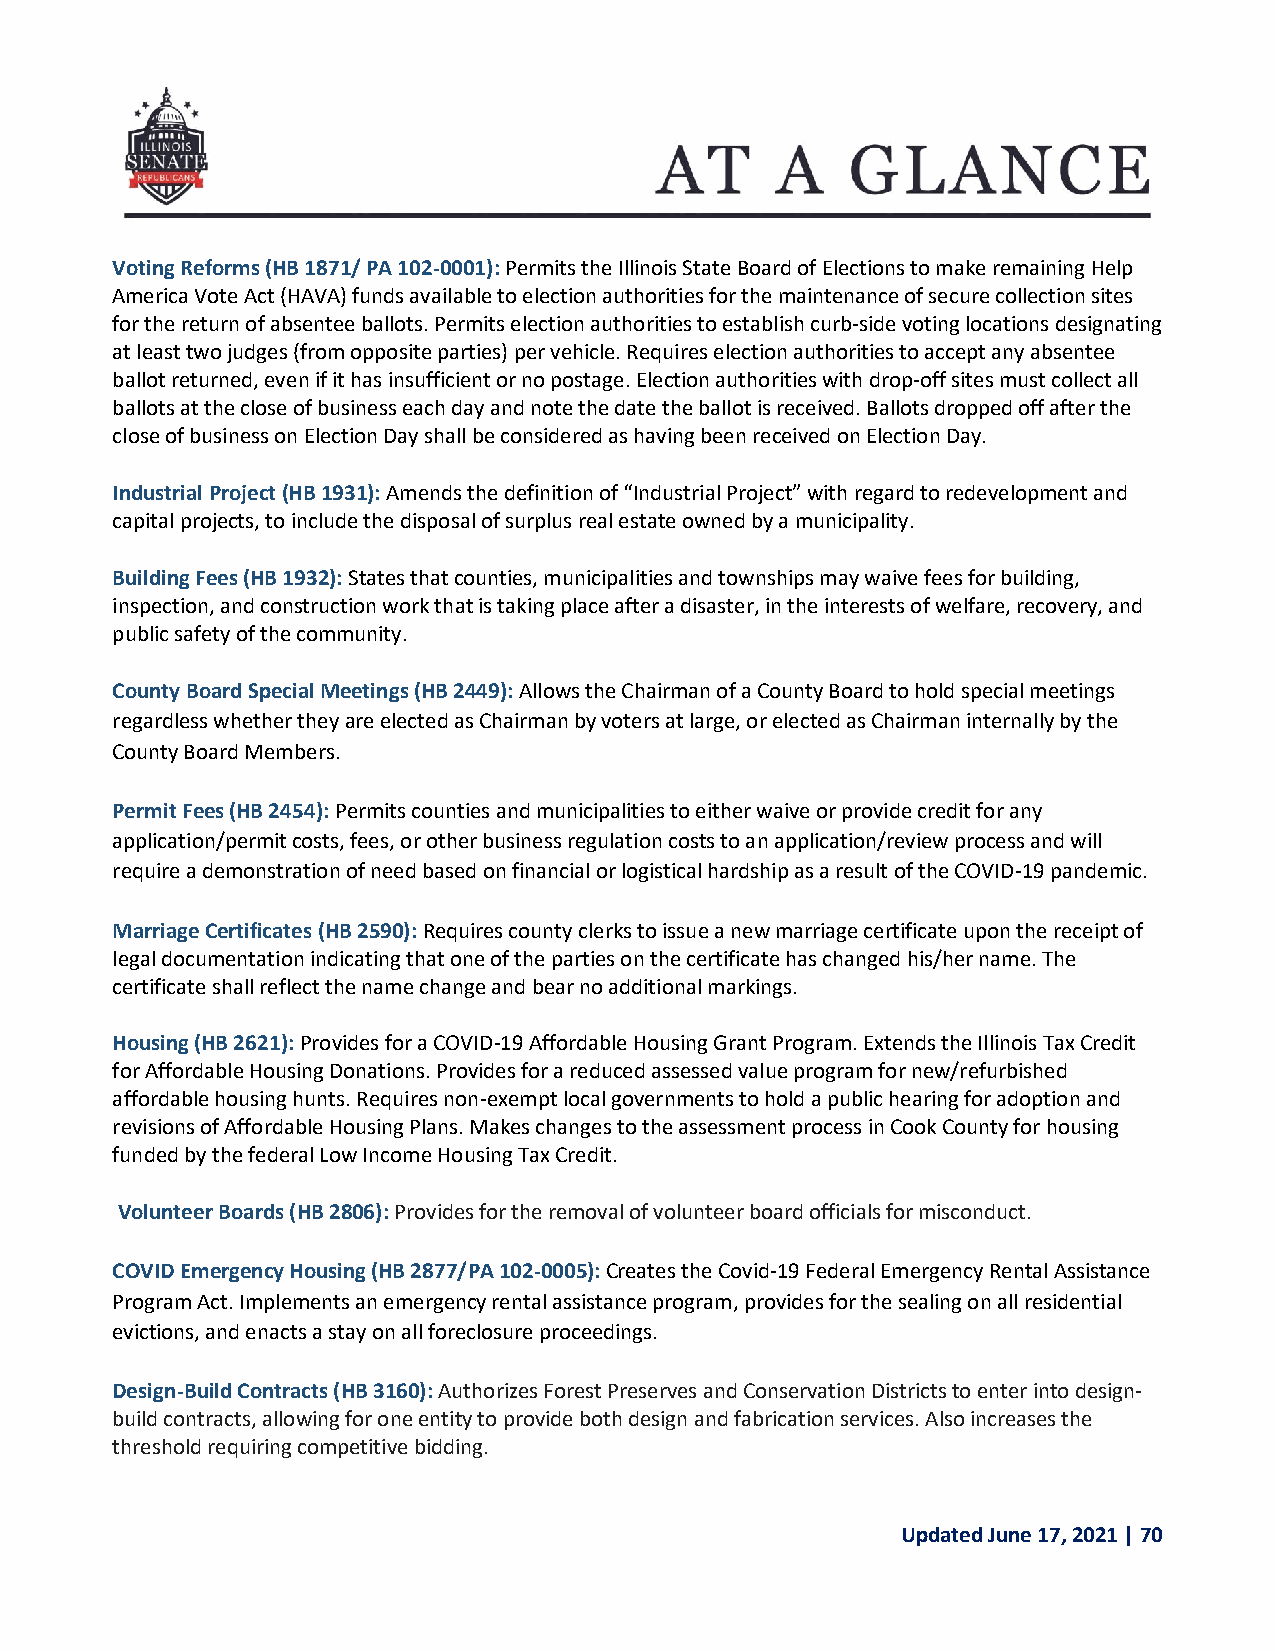
Voting Reforms (HB 1871/ PA 102-0001): Permits the Illinois State Board of Elections to make remaining Help
 America Vote Act (HAVA) funds available to election authorities for the maintenance of secure collection sites
 for the return of absentee ballots. Permits election authorities to establish curb-side voting locations designating
 at least two judges (from opposite parties) per vehicle. Requires election authorities to accept any absentee
 ballot returned, even if it has insufficient or no postage. Election authorities with drop-off sites must collect all
 ballots at the close of business each day and note the date the ballot is received. Ballots dropped off after the
 close of business on Election Day shall be considered as having been received on Election Day.
 Industrial Project (HB 1931): Amends the definition of “Industrial Project” with regard to redevelopment and
 capital projects, to include the disposal of surplus real estate owned by a municipality.
 Building Fees (HB 1932): States that counties, municipalities and townships may waive fees for building,
 inspection, and construction work that is taking place after a disaster, in the interests of welfare, recovery, and
 public safety of the community.
 County Board Special Meetings (HB 2449): Allows the Chairman of a County Board to hold special meetings
 regardless whether they are elected as Chairman by voters at large, or elected as Chairman internally by the
 County Board Members.
 Permit Fees (HB 2454): Permits counties and municipalities to either waive or provide credit for any
 application/permit costs, fees, or other business regulation costs to an application/review process and will
 require a demonstration of need based on financial or logistical hardship as a result of the COVID-19 pandemic.
 Marriage Certificates (HB 2590): Requires county clerks to issue a new marriage certificate upon the receipt of
 legal documentation indicating that one of the parties on the certificate has changed his/her name. The
 certificate shall reflect the name change and bear no additional markings.
 Housing (HB 2621): Provides for a COVID-19 Affordable Housing Grant Program. Extends the Illinois Tax Credit
 for Affordable Housing Donations. Provides for a reduced assessed value program for new/refurbished
 affordable housing hunts. Requires non-exempt local governments to hold a public hearing for adoption and
 revisions of Affordable Housing Plans. Makes changes to the assessment process in Cook County for housing
 funded by the federal Low Income Housing Tax Credit.
 Volunteer Boards (HB 2806): Provides for the removal of volunteer board officials for misconduct.
 COVID Emergency Housing (HB 2877/PA 102-0005): Creates the Covid-19 Federal Emergency Rental Assistance
 Program Act. Implements an emergency rental assistance program, provides for the sealing on all residential
 evictions, and enacts a stay on all foreclosure proceedings.
 Design-Build Contracts (HB 3160): Authorizes Forest Preserves and Conservation Districts to enter into design-
 build contracts, allowing for one entity to provide both design and fabrication services. Also increases the
 threshold requiring competitive bidding.
 Updated June 17, 2021 | 70